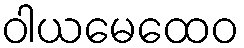
ဝါယမေထေဝ